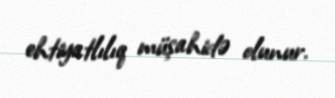
ehtiyatlılıq müşahidə olunur.